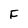
Character: F